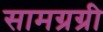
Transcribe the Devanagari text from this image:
सामग्रग्री